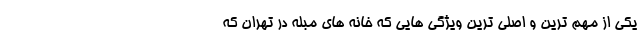
یکی از مهم ترین و اصلی ترین ویژگی هایی که خانه های مبله در تهران که